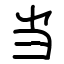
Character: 当